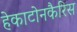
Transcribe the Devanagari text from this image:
हेकाटोनकैरिस